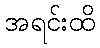
အရင်းထိ